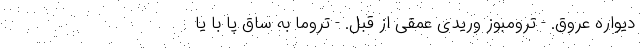
دیواره عروق. - ترومبوز وریدی عمقی از قبل. - تروما به ساق پا با یا